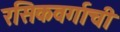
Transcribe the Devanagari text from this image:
रसिकवर्गाची